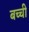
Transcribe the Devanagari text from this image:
बच्‍ची